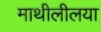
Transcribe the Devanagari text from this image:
माथीलीलया